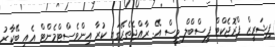
ފިޝަރީޒް ޕްރޮޖެކްޓް ފީސްބްލް ވީސް އޭ. ރާއްޖެތެރޭގައި ކުރާ އިންވެސްޓްމެންޓް އެއީ ބޭކާރު